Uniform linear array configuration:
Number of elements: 4
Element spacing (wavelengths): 0.5
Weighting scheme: blackman
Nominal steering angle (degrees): -15
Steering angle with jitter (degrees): -14.055
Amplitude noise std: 0.05
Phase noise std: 0.05

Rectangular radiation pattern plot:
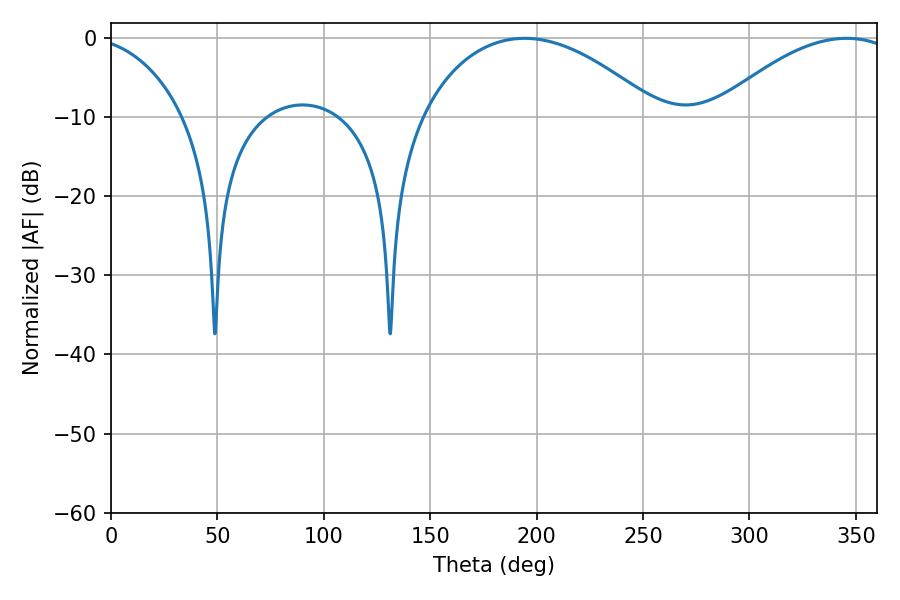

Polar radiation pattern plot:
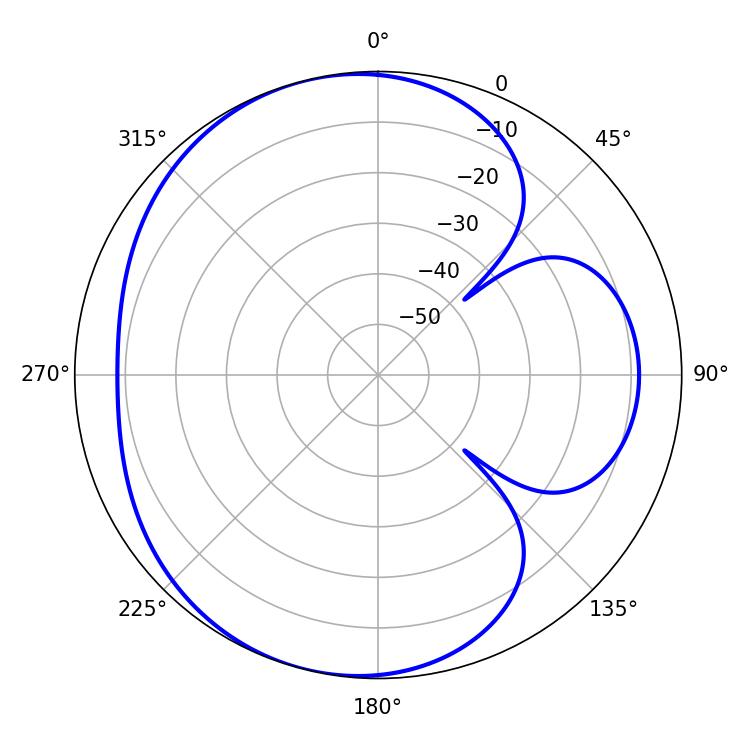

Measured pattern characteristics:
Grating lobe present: FALSE
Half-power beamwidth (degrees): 62.82
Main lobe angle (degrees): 194.4